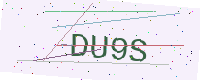
Text: DU9S